Leaving Certificate Examination, 1913
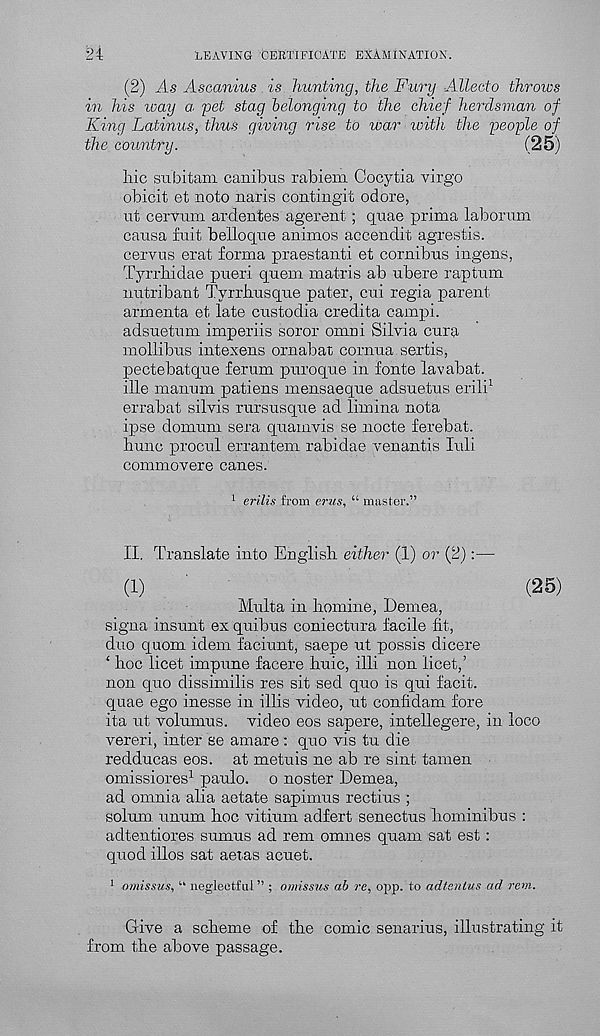
24
LEAVING CERTIFICATE EXAMINATION.
(2) As Ascanius . is hunting, the Fury Allecto throws
in his way a yet stag belonging to the chief herdsman of
King Latinus, thus giving rise to war with the people of
the country.
(25)
liic subitam canibus rabiem Gocytia virgo
obicit et noto naris contingit odore,
ut cervum ardentes agerent; quae prima laborum
causa fuit belloque animos accendit agrestis.
cervus erat forma praestanti et cornibus ingens,
Tyrrhidae pueri quern matris ab ubere raptum
imtribant Tyrrhusque pater, cui regia parent
armenta et late custodia credita campi.
adsuetum imperiis soror omni Silvia cura
mollibus intexens ornabat cornua sertis,
pectebatque ferum puroque in fonte lavabat.
ille manum patiens mensaeque adsuetus erili 1
errabat silvis rursusque ad lirnina nota
ipse domuni sera quamvis se nocte ferebat.
huno procul errantem rabidae venantis luli
commovere canes.
1 erilis from erus, “ master.”
II. Translate into English either (1) or (2):—
(1)
_
_
(25)
Multa in liomine, Demea,
signa insunt ex quibus coniectura facile fit,
duo quom idem faciunt, saepe ut possis dicere
‘ hoc licet impune facere huic, illi non licet,’
non quo dissimilis res sit sed quo is qui facit.
quae ego inesse in illis video, ut confidam fore
ita ut volumus. video eos sapere, intellegere, in loco
vereri, inter se amare : quo vis tu die
redducas eos. at metuis ne ab re sint tamen
omissiores 1 paulo. o noster Demea,
ad omnia alia aetate sapimus rectius ;
solum, unum hoc vitium adfert senectus hominibus :
adtentiores sumus ad rem omnes quam sat est:
quod illos sat aetas acuet.
1 omissus, “ neglectful” ; omissus ab re, opp. to adtsnlus ad rem..
Give a scheme of the comic senarius, illustrating it
from the above passage.